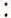
: